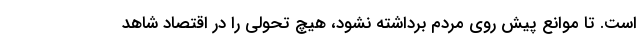
است. تا موانع پیش روی مردم برداشته نشود، هیچ تحولی را در اقتصاد شاهد